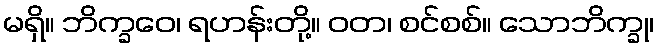
မရှိ။ ဘိက္ခဝေ၊ ရဟန်းတို့။ ဝတ၊ စင်စစ်။ သောဘိက္ခု၊